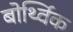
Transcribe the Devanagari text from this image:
बोर्थ्विक